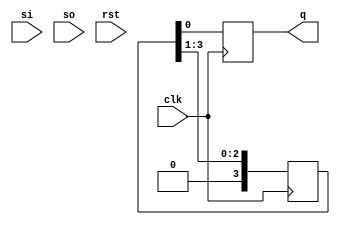
module siso2(input si,so,clk,rst,output reg q);
reg [0:3]temp;

always@(posedge clk)
begin
if(rst)
q<=1'b0;
else
temp[0]<=si;
temp <= temp>>1;
q<=temp[3];
end

endmodule